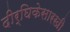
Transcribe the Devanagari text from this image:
दीर्घिकेसारखी